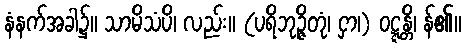
နံနက်အခါ၌။ သာမိသံပိ၊ လည်း။ (ပရိဘုဉ္ဇိတုံ၊ ငှာ၊) ဝဋ္ဋန္တိ၊ န်၏။